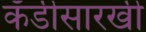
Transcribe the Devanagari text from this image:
कँडीसारखी